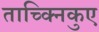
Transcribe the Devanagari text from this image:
ताच्क्निकुए